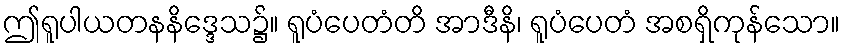
ဤရူပါယတနနိဒ္ဒေသ၌။ ရူပံပေတံတိ အာဒီနိ၊ ရူပံပေတံ အစရှိကုန်သော။